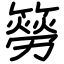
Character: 簩